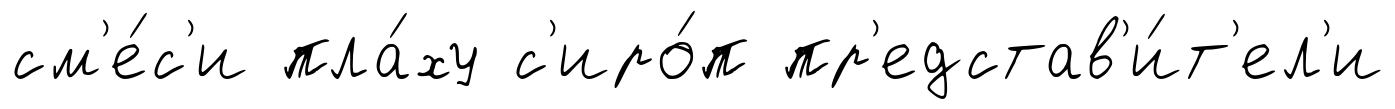
см'е́с'и пла́ху с'иро́п пр'едстав'и́т'ел'и